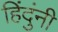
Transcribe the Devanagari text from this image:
हिंदुंनी